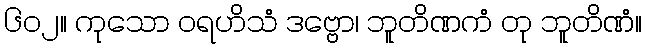
၆၀၂။ ကုသော ဝရဟိသံ ဒဗ္ဗော၊ ဘူတိဏကံ တု ဘူတိဏံ။